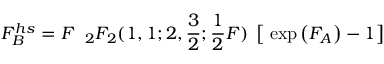
{ \cal F } _ { \cal B } ^ { h s } = { \cal F } \; \; _ { 2 } F _ { 2 } ( 1 , 1 ; 2 , \frac { 3 } { 2 } ; \frac { 1 } { 2 } { \cal F } ) \; \left[ \; \exp \left( { \cal F } _ { \cal A } \right) - 1 \right]